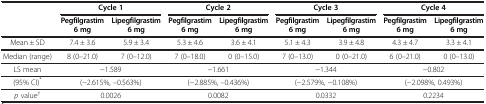
<table><thead><tr><td rowspan="2"><b> </b></td><td colspan="2"><b>Cycle 1</b></td><td colspan="2"><b>Cycle 2</b></td><td colspan="2"><b>Cycle 3</b></td><td colspan="2"><b>Cycle 4</b></td></tr><tr><td><b>Pegfilgrastim 6 mg</b></td><td><b>Lipegfilgrastim 6 mg</b></td><td><b>Pegfilgrastim 6 mg</b></td><td><b>Lipegfilgrastim 6 mg</b></td><td><b>Pegfilgrastim 6 mg</b></td><td><b>Lipegfilgrastim 6 mg</b></td><td><b>Pegfilgrastim 6 mg</b></td><td><b>Lipegfilgrastim 6 mg</b></td></tr></thead><tbody><tr><td>Mean ± SD</td><td>7.4 ± 3.6</td><td>5.9 ± 3.4</td><td>5.3 ± 4.6</td><td>3.6 ± 4.1</td><td>5.1 ± 4.3</td><td>3.9 ± 4.8</td><td>4.3 ± 4.7</td><td>3.3 ± 4.1</td></tr><tr><td>Median (range)</td><td>8 (0–21.0)</td><td>7 (0–12.0)</td><td>7 (0–18.0)</td><td>0 (0–15.0)</td><td>7 (0–13.0)</td><td>0 (0–21.0)</td><td>6 (0–21.0)</td><td>0 (0–13.0)</td></tr><tr><td>LS mean</td><td colspan="2">−1.589</td><td colspan="2">−1.661</td><td colspan="2">−1.344</td><td colspan="2">−0.802</td></tr><tr><td>(95% CI)<sup>*</sup></td><td colspan="2">(−2.615%, –0.563%)</td><td colspan="2">(−2.885%, –0.436%)</td><td colspan="2">(−2.579%, −0.108%)</td><td colspan="2">(−2.098%, 0.493%)</td></tr><tr><td><i>p</i> value<sup>†</sup></td><td colspan="2">0.0026</td><td colspan="2">0.0082</td><td colspan="2">0.0332</td><td colspan="2">0.2234</td></tr></tbody></table>